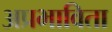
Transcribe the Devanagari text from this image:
अप्रभाविता